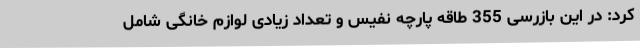
کرد: در این بازرسی 355 طاقه پارچه نفیس و تعداد زیادی لوازم خانگی شامل